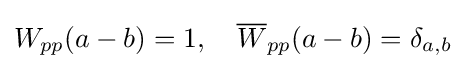
W_{pp}(a-b)=1,\quad {\overline {W}}_{pp}(a-b)=\delta _{a,b}